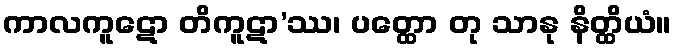
ကာလကူဋော တိကူဋာ’ဿ၊ ပတ္ထော တု သာနု နိတ္ထိယံ။